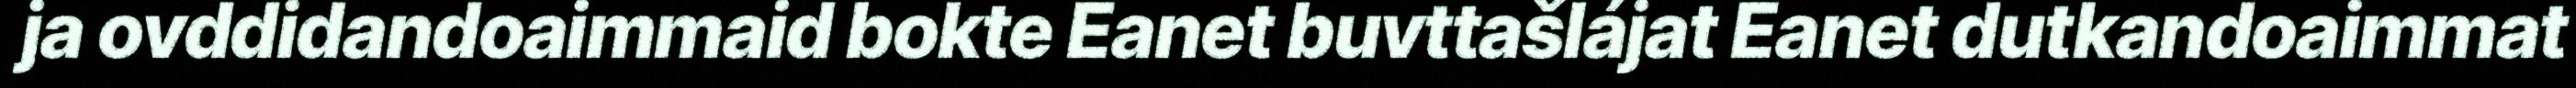
ja ovddidandoaimmaid bokte Eanet buvttašlájat Eanet dutkandoaimmat